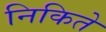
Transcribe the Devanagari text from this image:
निकिते